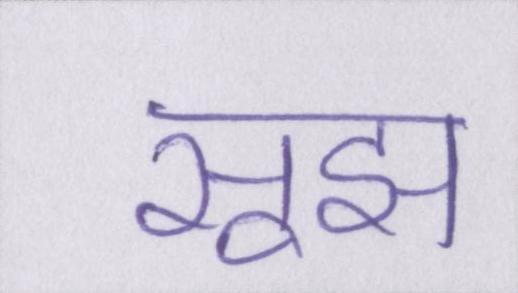
सूझ